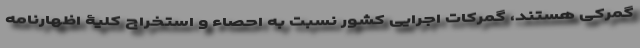
گمرکی هستند، گمرکات اجرایی کشور نسبت به احصاء و استخراج کلیۀ اظهارنامه